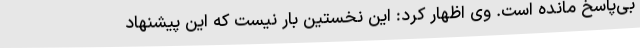
بی‌پاسخ مانده است. وی اظهار کرد: این نخستین بار نیست که این پیشنهاد